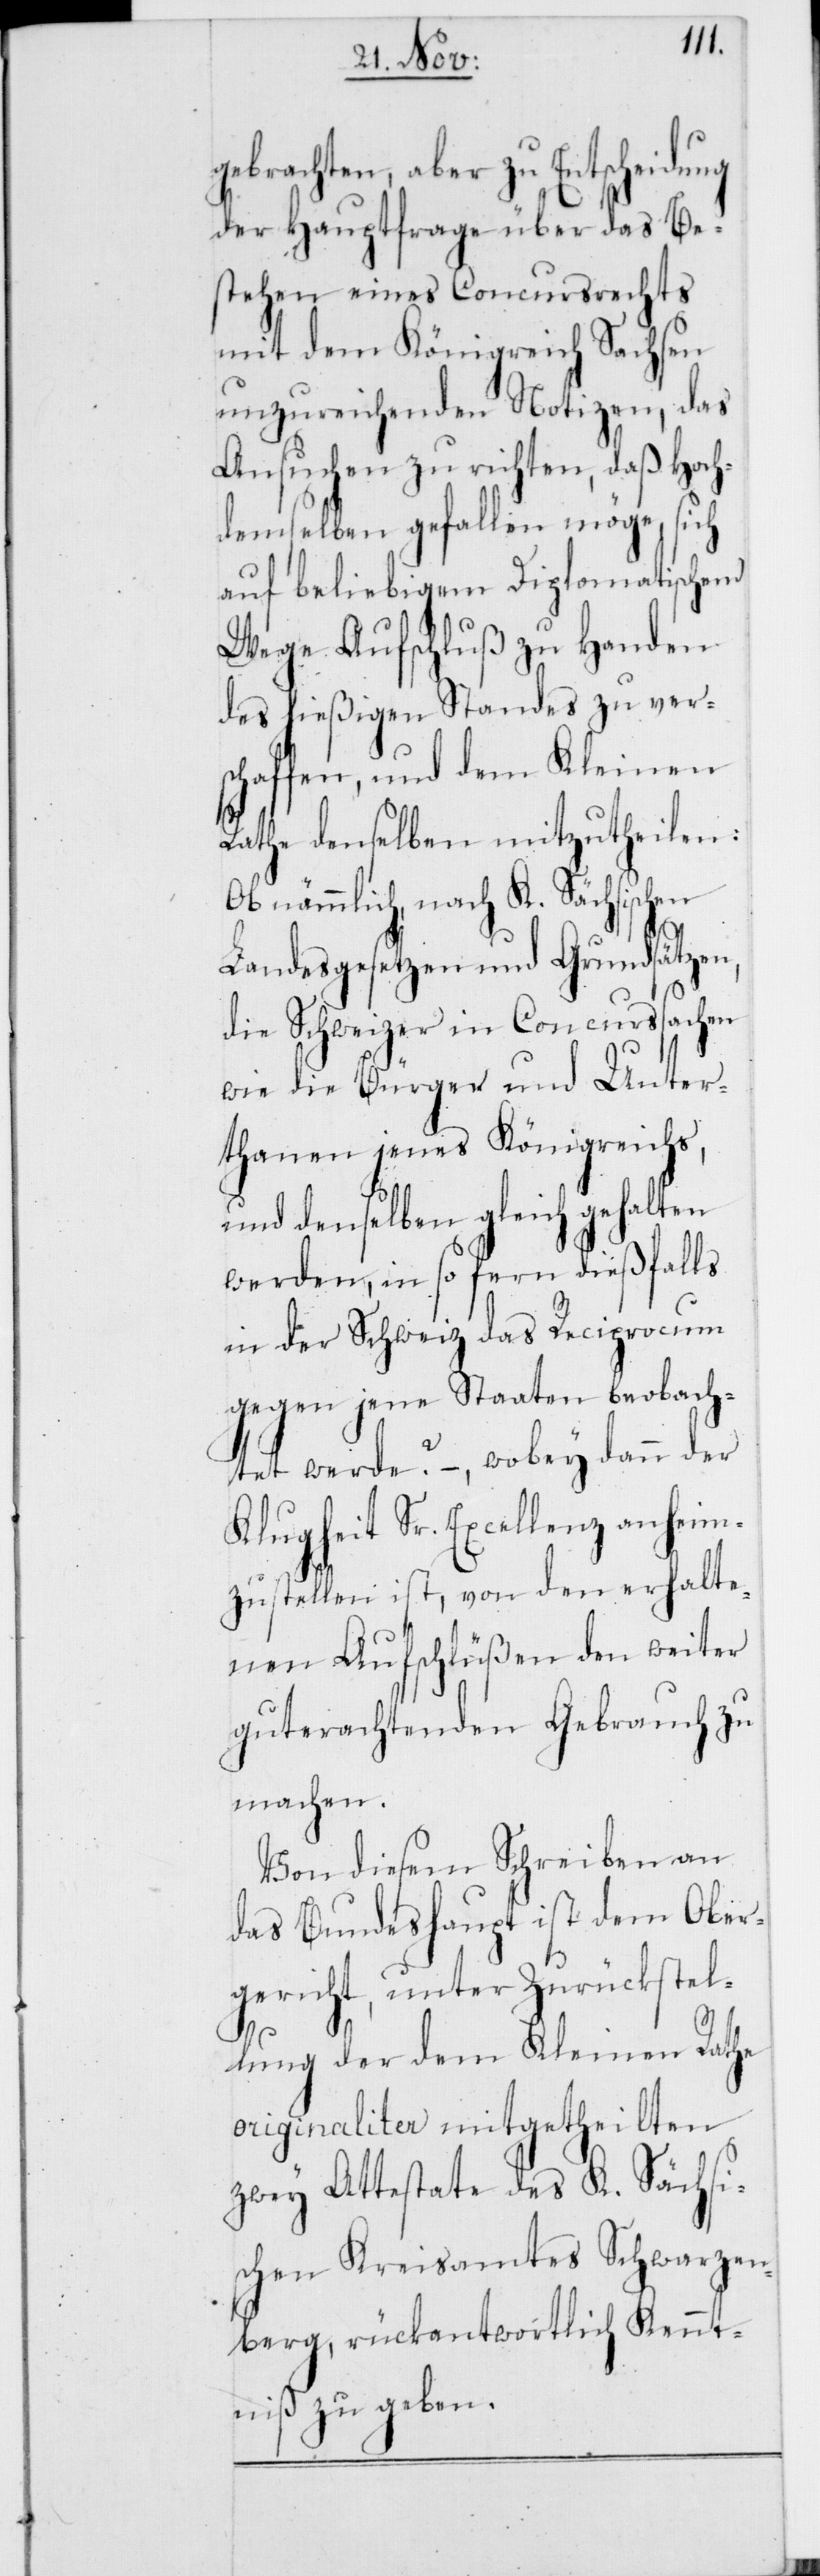
gebrachten, aber zu Entscheidung
der Hauptfrage über das Be¬
stehen eines Concursrechts
mit dem Königreich Sachsen
unzureichenden Notizen, das
Ansuchen zu richten, daß Hoc¬
hdemselben gefallen möge, sich
auf beliebigem Diplomatischen
Wege Aufschluß zu Handen
des hießigen Standes zu ver¬
schaffen, und dem Kleinen
Rathe denselben mitzutheilen:
Ob nämmlich nach K. Sächsischen
die Schweizer in Concurssachen
wie die Bürger und Unter¬
thanen jenes Königreichs,
und denselben gleich gehalten
lls
werden, in so fern dießfa¬
in der Schweiz das Reciprocum
gegen jene Staaten beobach¬
tet werde? –, wobey dann der
Klugheit Sr. Excellenz anheim¬
zustellen ist, von den erhalte¬
nen Aufschlüßen den weiter
guterachtenden Gebrauch zu
machen.
Von diesem Schreiben an
des Bundeshaupt ist dem Ober¬
gericht, unter Zurückstel¬
lung der dem Kleinen Rathe
originaliter mitgetheilten
zwey Attestate des K. Sächsi¬
schen Kreisamtes Schwarzen¬
berg, rückantwortlich Kennt¬
niß zu geben.